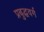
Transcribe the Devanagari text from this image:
प्रबुद्धवर्ग